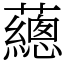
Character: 𧄉